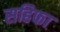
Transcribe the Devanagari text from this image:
सहिफा